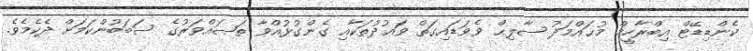
ކެންޑިޑޭޓް އިބްރާހީމް މުޙައްމަދު ޞާލިޙް ވެވަޑައިގަތް ވަޢުދުތަކާއި ގެންގުޅުއްވާ ތަޞައްވަރުގެ ސަބަބުންކަމަށް ދެކެމެވެ.